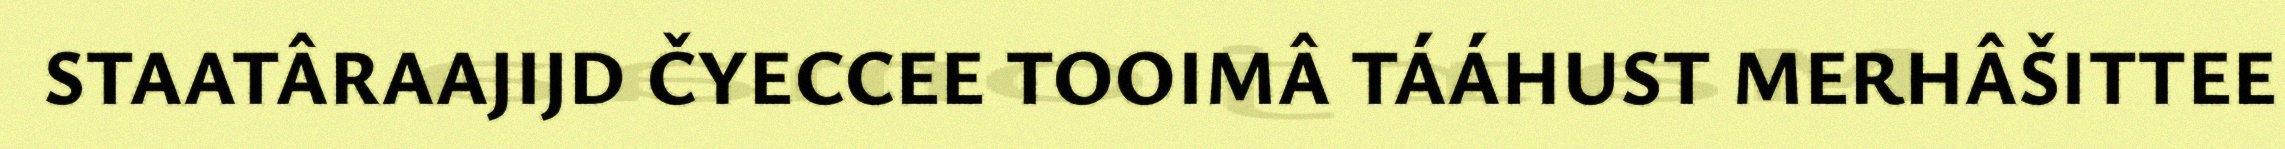
STAATÂRAAJIJD ČYECCEE TOOIMÂ TÁÁHUST MERHÂŠITTEE